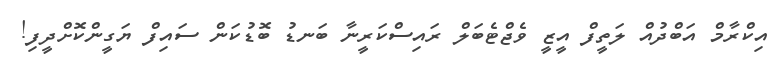
އިކްރާމް އަބްދުއް ލަތީފް އީޒީ ވެޖްޓެބަލް ރައިސްކަރީނާ ބަނޑު ބޮޑުކަން ސައިފް ޔަގީންކޮށްދީފި!